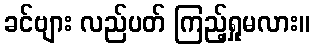
ခင်ဗျား လည်ပတ် ကြည့်ရှုမလား။